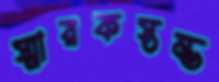
স্মারকস্তম্ভ